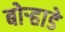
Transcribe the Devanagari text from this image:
बोर्‍हाडे